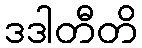
ဒဒါတီတိ